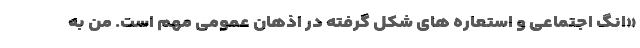
«انگ اجتماعی و استعاره های شکل گرفته در اذهان عمومی مهم است. من به